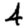
Digit: 4